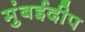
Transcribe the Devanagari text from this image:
मुंबईदीप